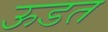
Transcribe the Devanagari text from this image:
ऊडत